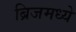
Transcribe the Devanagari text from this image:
ब्रिजमध्ये